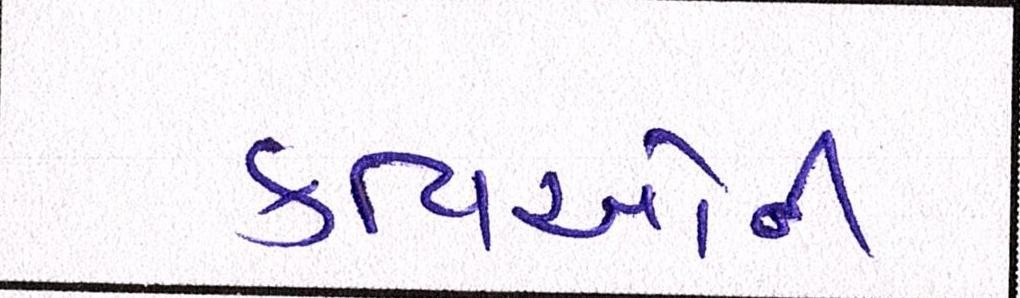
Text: કવિઓની